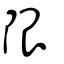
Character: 限